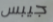
جيبس